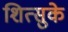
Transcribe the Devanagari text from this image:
शित्सुके